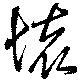
懐